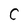
Character: C